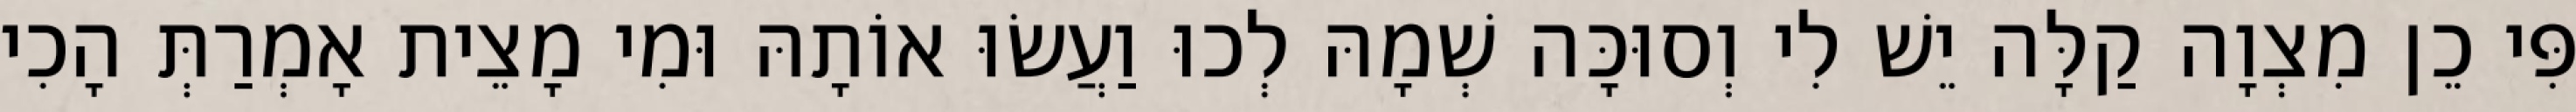
פִּי כֵן מִצְוָה קַלָּה יֵשׁ לִי וְסוּכָּה שְׁמָהּ לְכוּ וַעֲשׂוּ אוֹתָהּ וּמִי מָצֵית אָמְרַתְּ הָכִי